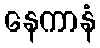
နေကာနံ